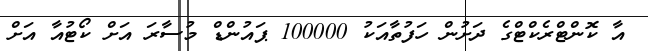
އާ ކޮންޓްރެކްޓްގެ ދަށުން ހަފުތާއަކު 100000 ޕައުންޑް މުސާރަ އަށް ކޯޓުއާ އަށް